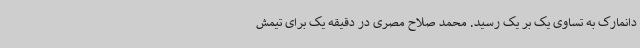
دانمارک به تساوی یک بر یک رسید. محمد صلاح مصری در دقیقه یک برای تیمش